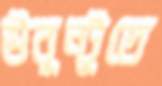
উবুন্টুতে